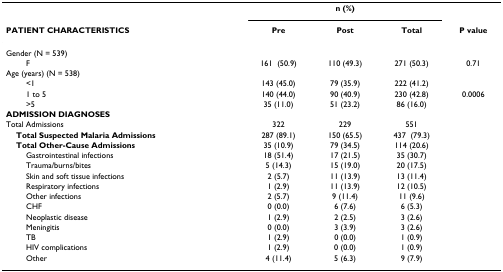
|  | <COLSPAN=3> n (%) |  |
 | PATIENT CHARACTERISTICS | Pre | Post | Total | P value |
 | --- | --- | --- | --- | --- |
 | Gender (N = 539) |  |  |  |  |
 | F | 161(50.9) | 110 (49.3) | 271 (50.3) | 0.71 |
 | Age (years) (N = 538) |  |  |  |  |
 | <1 | 143 (45.0) | 79 (35.9) | 222 (41.2) |  |
 | 1 to 5 | 140 (44.0) | 90 (40.9) | 230 (42.8) | 0.0006 |
 | >5 | 35 (11.0) | 51 (23.2) | 86 (16.0) |  |
 | ADMISSION DIAGNOSES |  |  |  |  |
 | Total Admissions | 322 | 229 | 551 |  |
 | Total Suspected Malaria Admissions | 287 (89.1) | 150 (65.5) | 437(79.3) |  |
 | Total Other-Cause Admissions | 35 (10.9) | 79 (34.5) | 114 (20.6) |  |
 | Gastrointestinal infections | 18 (51.4) | 17 (21.5) | 35 (30.7) |  |
 | Trauma/burns/bites | 5 (14.3) | 15 (19.0) | 20 (17.5) |  |
 | Skin and soft tissue infections | 2 (5.7) | 11 (13.9) | 13 (11.4) |  |
 | Respiratory infections | 1 (2.9) | 11 (13.9) | 12 (10.5) |  |
 | Other infections | 2 (5.7) | 9 (11.4) | 11 (9.6) |  |
 | CHF | 0 (0.0) | 6 (7.6) | 6 (5.3) |  |
 | Neoplastic disease | 1 (2.9) | 2 (2.5) | 3 (2.6) |  |
 | Meningitis | 0 (0.0) | 3 (3.9) | 3 (2.6) |  |
 | TB | 1 (2.9) | 0 (0.0) | 1 (0.9) |  |
 | HIV complications | 1 (2.9) | 0 (0.0) | 1 (0.9) |  |
 | Other | 4 (11.4) | 5 (6.3) | 9 (7.9) |  |